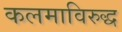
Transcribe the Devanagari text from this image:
कलमाविरुद्ध